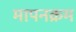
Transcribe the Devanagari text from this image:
मापनक्रम